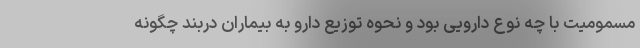
مسمومیت با چه نوع دارویی بود و نحوه توزیع دارو به بیماران دربند چگونه